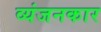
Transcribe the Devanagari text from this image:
व्यंजनकार